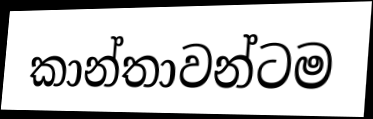
කාන්තාවන්ටම